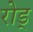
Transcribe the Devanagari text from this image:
रोड्